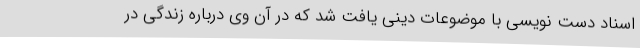
اسناد دست نویسی با موضوعات دینی یافت شد که در آن وی درباره زندگی در